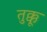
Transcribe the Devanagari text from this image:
तुक्कू